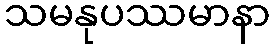
သမနုပဿမာနာ